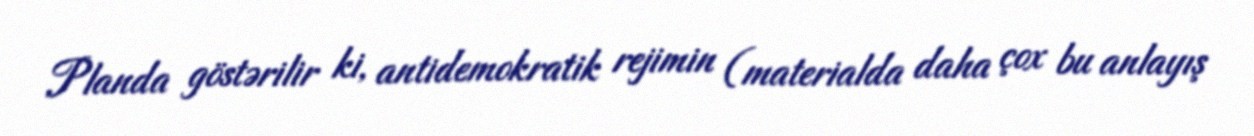
Planda göstərilir ki, antidemokratik rejimin (materialda daha çox bu anlayış